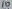
Text: 10